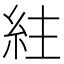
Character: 紸